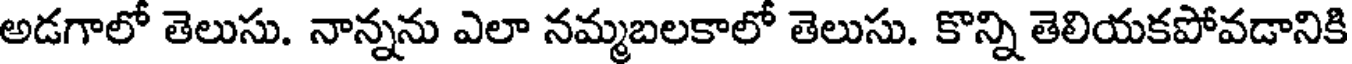
అడగాలో తెలుసు. నాన్నను ఎలా నమ్మబలకాలో తెలుసు. కొన్ని తెలియకపోవడానికి